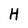
Character: H